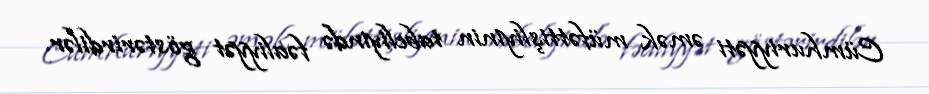
Cümhuriyyəti əmək müfəttişliyinin tabeliyində fəaliyyət göstərirdilər.